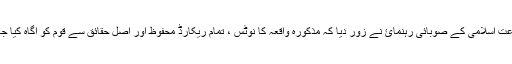
جماعت اسلامی کے صوبائی رہنمائ نے زور دیا کہ مذکورہ واقعہ کا نوٹس ، تمام ریکارڈ محفوظ اور اصل حقائق سے قوم کو آگاہ کیا جائے۔